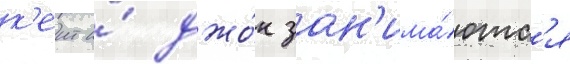
к'еит и́ джо́н зан'има́ютс'я